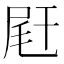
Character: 𡱭